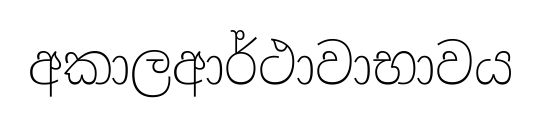
අකාලආර්ථාවාභාවය